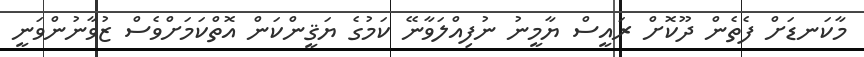
މާކަނޑަށް ފެތެން ދޫކޮށް ރައީސް ޔާމީނު ނުފިއްލަވާނޭ ކަމުގެ ޔަޤީންކަން އޮތްކަމަށްވެސް ޒުވާނުންވަނީ